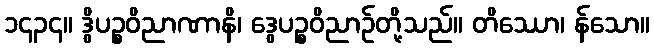
၁၄၃၄။ ဒွိပဉ္စဝိညာဏာနိ၊ ဒွေပဉ္စဝိညာဉ်တို့သည်။ တိဿော၊ န်သော။